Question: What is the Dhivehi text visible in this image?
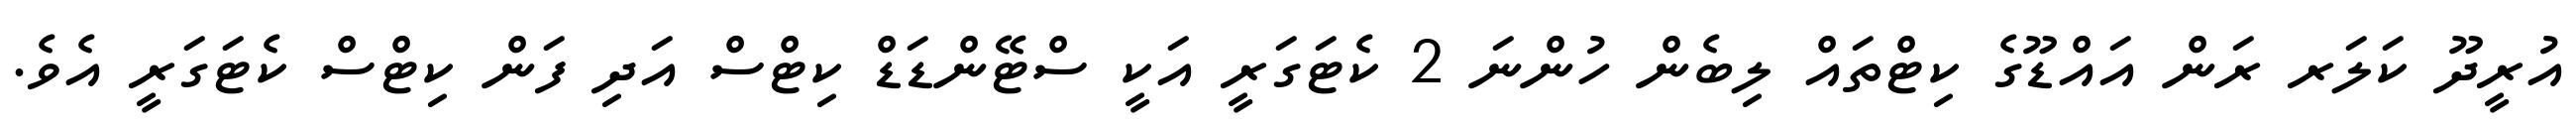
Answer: އުރީދޫ ކަލަރ ރަން އައްޑޫގެ ކިޓްތައް ލިބެން ހުންނަ 2 ކެޓަގަރީ އަކީ ސްޓޭންޑަޑް ކިޓްސް އަދި ފަން ކިޓްސް ކެޓަގަރީ އެވެ.